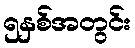
၅နှစ်အတွင်း